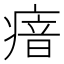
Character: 瘖